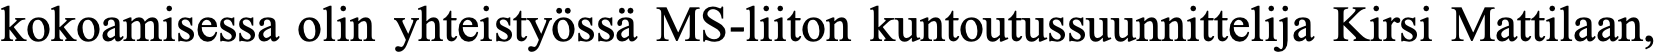
kokoamisessa olin yhteistyössä MS-liiton kuntoutussuunnittelija Kirsi Mattilaan,